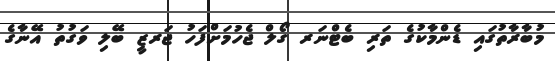
މުބާރާތުގައި ޑެންމާކުގެ ތަރި ބެޓްނަރ ގޯލް ޖެހުމަށްފަހު ޖަރޒީ ބޭލި ވަގުތު އޭނާގެ